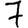
Digit: 7